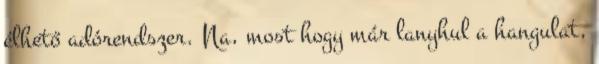
élhető adórendszer. Na, most hogy már lanyhul a hangulat,